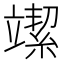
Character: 𥪲